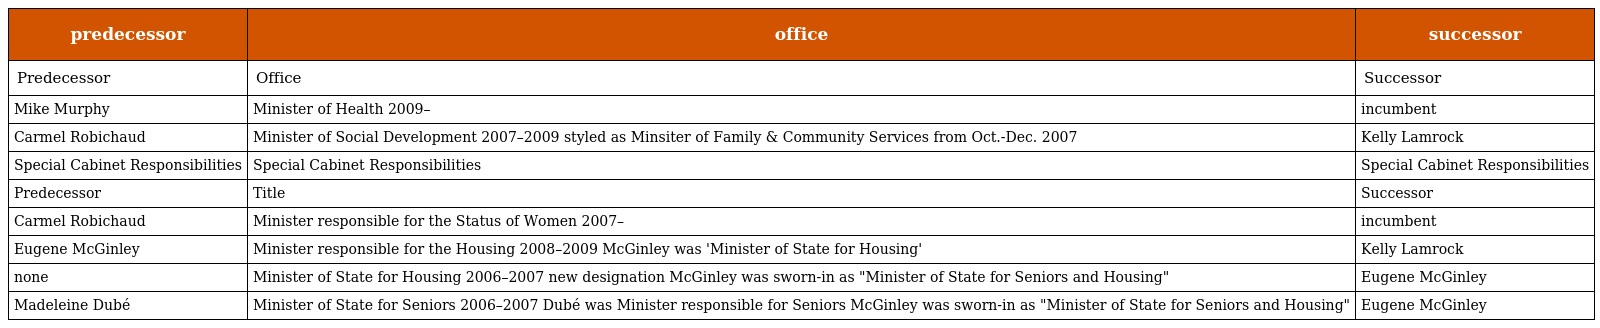
| predecessor | office | successor |
 | --- | --- | --- |
 | Predecessor | Office | Successor |
 | Mike Murphy | Minister of Health 2009– | incumbent |
 | Carmel Robichaud | Minister of Social Development 2007–2009 styled as Minsiter of Family & Community Services from Oct.-Dec. 2007 | Kelly Lamrock |
 | Special Cabinet Responsibilities | Special Cabinet Responsibilities | Special Cabinet Responsibilities |
 | Predecessor | Title | Successor |
 | Carmel Robichaud | Minister responsible for the Status of Women 2007– | incumbent |
 | Eugene McGinley | Minister responsible for the Housing 2008–2009 McGinley was 'Minister of State for Housing' | Kelly Lamrock |
 | none | Minister of State for Housing 2006–2007 new designation McGinley was sworn-in as "Minister of State for Seniors and Housing" | Eugene McGinley |
 | Madeleine Dubé | Minister of State for Seniors 2006–2007 Dubé was Minister responsible for Seniors McGinley was sworn-in as "Minister of State for Seniors and Housing" | Eugene McGinley |